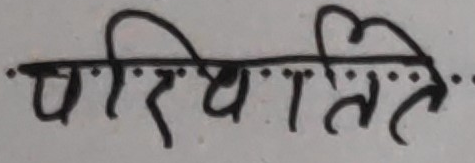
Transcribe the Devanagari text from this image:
परिथितिते